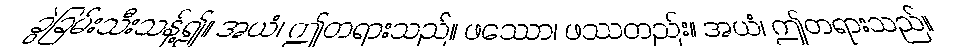
ခွဲခြမ်းသီးသန့်၍။ အယံ၊ ဤတရားသည်။ ဖဿော၊ ဖဿတည်း။ အယံ၊ ဤတရားသည်။